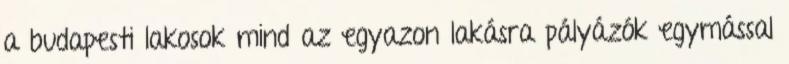
a budapesti lakosok mind az egyazon lakásra pályázók egymással